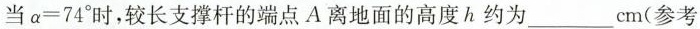
当$$α = 7 4 °$$时，较长支撑杆的端点A离地面的高度h约为___cm(参考